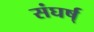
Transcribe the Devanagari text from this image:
संघर्ष्